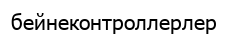
бейнеконтроллерлер